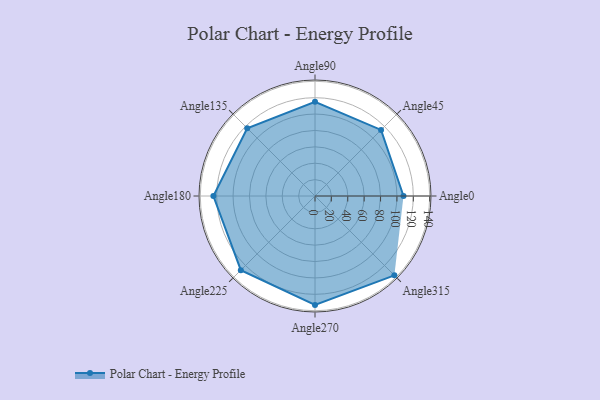
{"axis": {"x": "Angle", "y": "Radius"}, "legend": [""], "data": [{"x": "Angle0", "y": 108.0, "type": ""}, {"x": "Angle45", "y": 114.0, "type": ""}, {"x": "Angle90", "y": 115.0, "type": ""}, {"x": "Angle135", "y": 117.0, "type": ""}, {"x": "Angle180", "y": 124.0, "type": ""}, {"x": "Angle225", "y": 128.0, "type": ""}, {"x": "Angle270", "y": 133.0, "type": ""}, {"x": "Angle315", "y": 137.0, "type": ""}]}